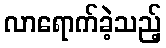
လာရောက်ခဲ့သည့်